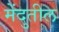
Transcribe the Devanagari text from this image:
मेंदुतील